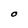
Character: O